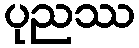
ပုညဿ